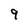
Character: 9